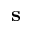
\mathbf { s }